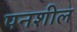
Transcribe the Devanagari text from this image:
पनशील